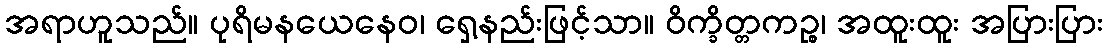
အရာဟူသည်။ ပုရိမနယေနေဝ၊ ရှေ့နည်းဖြင့်သာ။ ဝိက္ခိတ္တကဉ္စ၊ အထူးထူး အပြားပြား